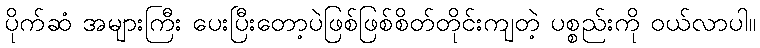
ပိုက်ဆံ အများကြီး ပေးပြီးတော့ပဲဖြစ်ဖြစ်စိတ်တိုင်းကျတဲ့ ပစ္စည်းကို ဝယ်လာပါ။